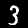
Label: 3